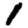
Digit: 1